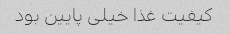
کیفیت غذا خیلی پایین بود